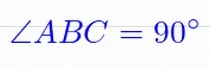
\angle ABC=90^\circ